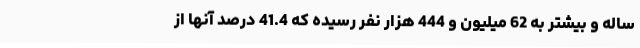
ساله و بیشتر به 62 میلیون و 444 هزار نفر رسیده که 41.4 درصد آنها از